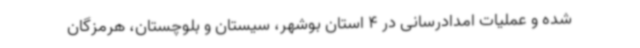
شده و عملیات امدادرسانی در 4 استان بوشهر، سیستان و بلوچستان، هرمزگان